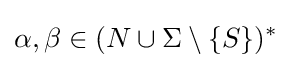
\alpha ,\beta \in (N\cup \Sigma \setminus \{S\})^{*}